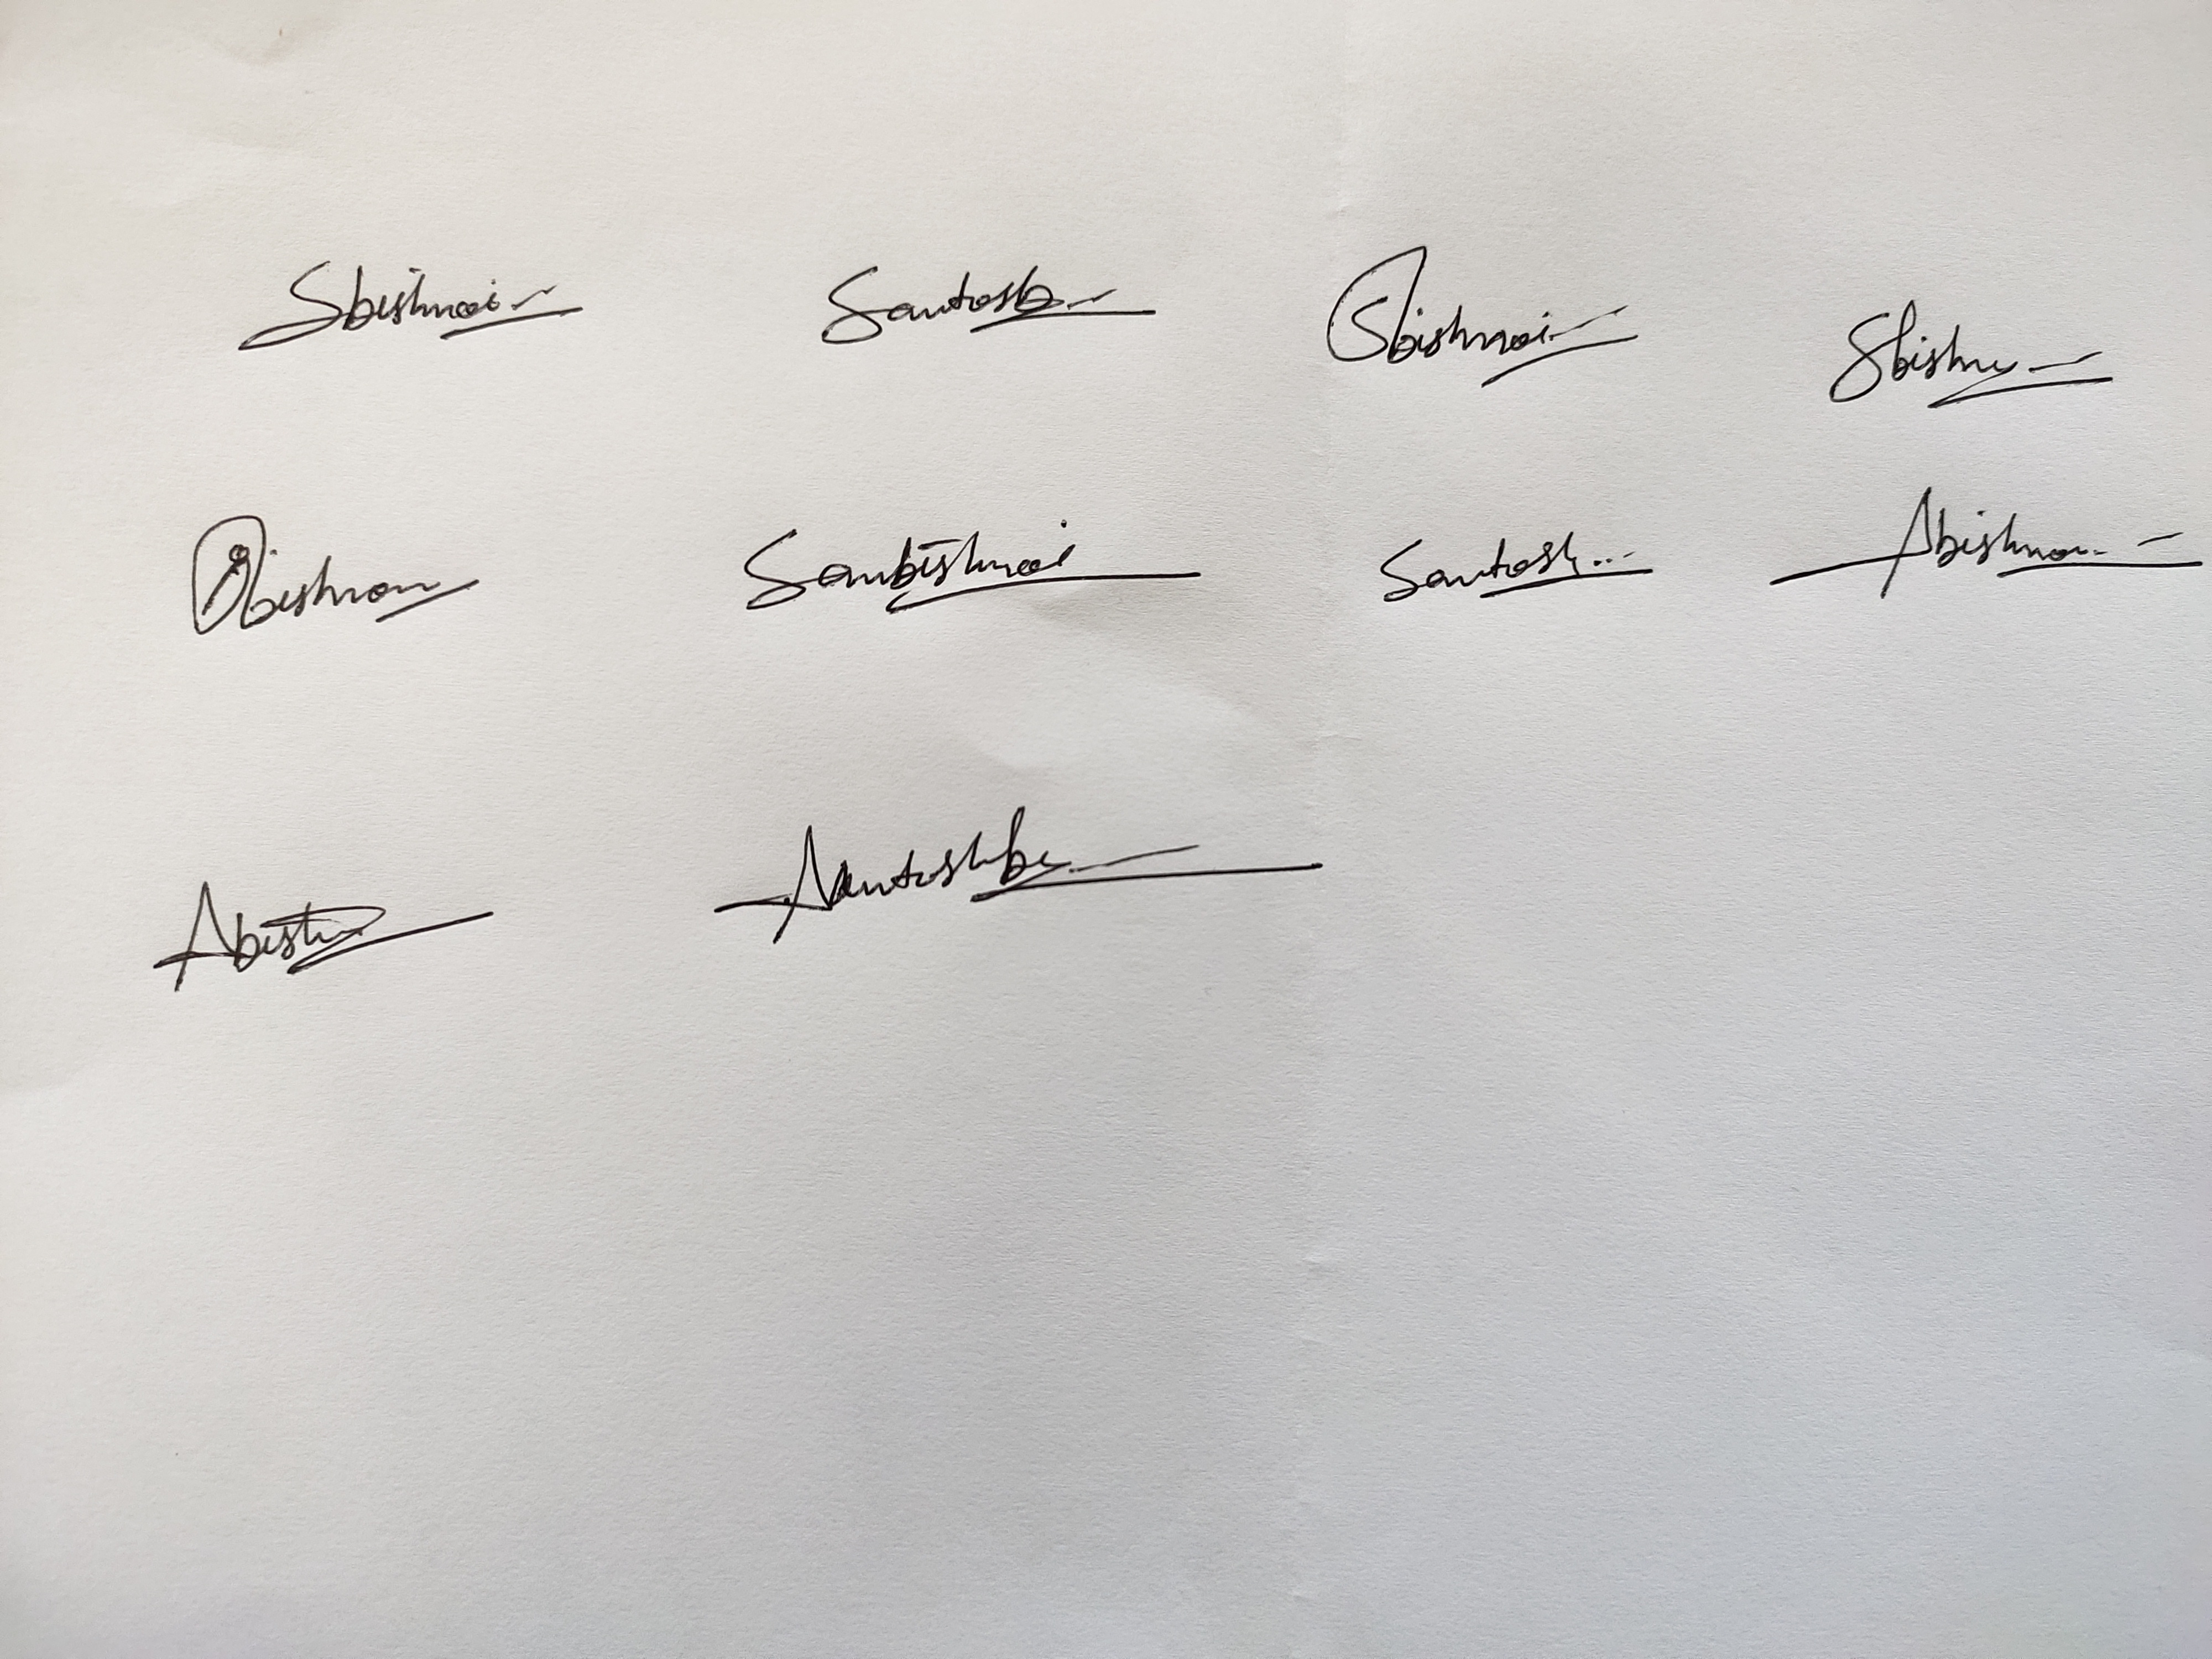
Signature authenticity: genuine